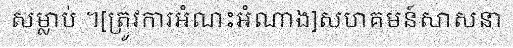
សម្លាប់ ។[ត្រូវការអំណះអំណាង]សហគមន៍សាសនា